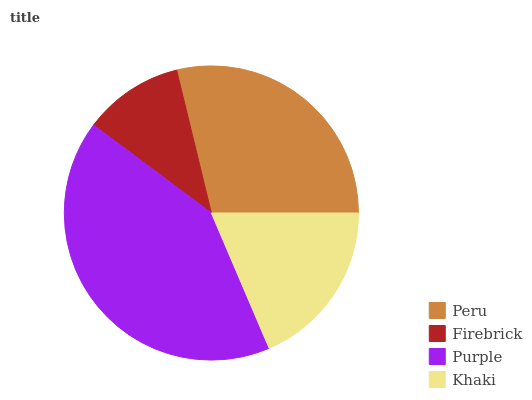
| Peru | Firebrick | Purple | Khaki |
 | --- | --- | --- | --- |
 | 28.8% | 11% | 41.6% | 18.6% |